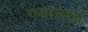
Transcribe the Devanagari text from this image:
गंगालाल